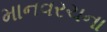
માનવરચના